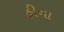
હીના